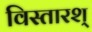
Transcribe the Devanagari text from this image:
विस्तारश्